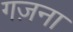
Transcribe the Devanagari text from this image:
गज़ना